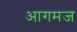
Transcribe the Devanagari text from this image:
आगमज